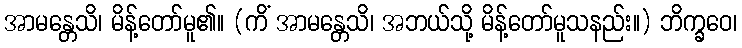
အာမန္တေသိ၊ မိန့်တော်မူ၏။ (ကိံ အာမန္တေသိ၊ အဘယ်သို့ မိန့်တော်မူသနည်း။) ဘိက္ခဝေ၊